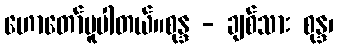
ဟောတော်မူပါတယ်။စုန္ဒ - ချစ်သား စုန္ဒ၊